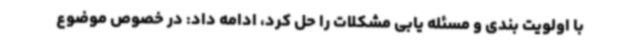
با اولویت بندی و مسئله یابی مشکلات را حل کرد، ادامه داد: در خصوص موضوع